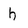
Character: h